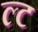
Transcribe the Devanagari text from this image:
ल्ट